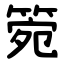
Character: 箢